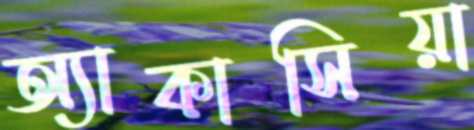
অ্যাকাসিয়া